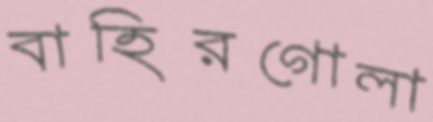
বাহিরগোলা